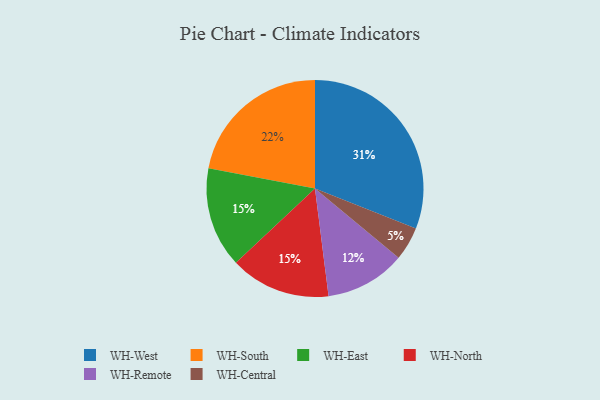
{"axis": {"x": "Category", "y": "Percentage"}, "legend": ["WH-Central", "WH-East", "WH-North", "WH-Remote", "WH-South", "WH-West"], "data": [{"x": "WH-Central", "y": 5, "type": "WH-Central"}, {"x": "WH-East", "y": 15, "type": "WH-East"}, {"x": "WH-South", "y": 22, "type": "WH-South"}, {"x": "WH-North", "y": 15, "type": "WH-North"}, {"x": "WH-Remote", "y": 12, "type": "WH-Remote"}, {"x": "WH-West", "y": 31, "type": "WH-West"}]}